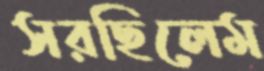
সরছিলেম